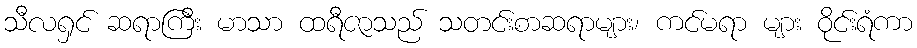
သီလရှင် ဆရာကြီး မာသာ ထရီဇာသည် သတင်းစာဆရာများ၊ ကင်မရာ များ ဝိုင်းရံကာ